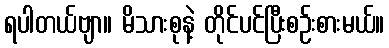
ရပါတယ်ဗျာ။ မိသားစုနဲ့ တိုင်ပင်ပြီးစဉ်းစားမယ်။